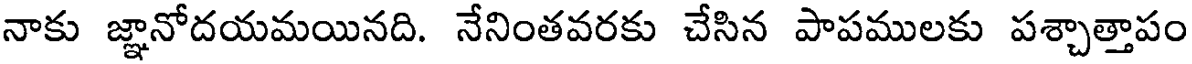
నాకు జ్ఞానోదయమయినది. నేనింతవరకు చేసిన పాపములకు పశ్చాత్తాపం